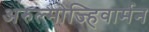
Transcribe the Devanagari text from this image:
अरुल्मोज्हिवार्मन